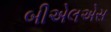
બીએલએસ